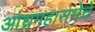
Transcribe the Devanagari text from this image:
आंध्रमहासभेचे